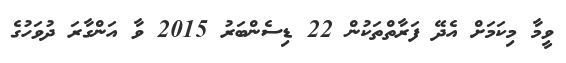
ވީމާ މިކަމަށް އެދޭ ފަރާތްތަކުން 22 ޑިސެންބަރު 2015 ވާ އަންގާރަ ދުވަހުގެ